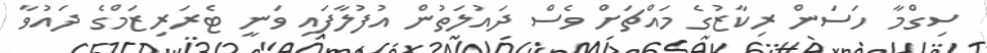
ސިގްމާ ހަސަން ރިކާޒުގެ މައްޗަށް ވެސް ދައުލަތުން އުފުލާފައި ވަނީ ޓެރަރިޒަމްގެ ދައުވާ